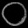
Digit: ၀